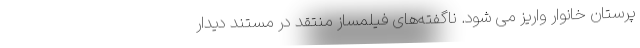
پرستان خانوار واریز می شود. ناگفته‌های فیلمساز منتقد در مستند دیدار